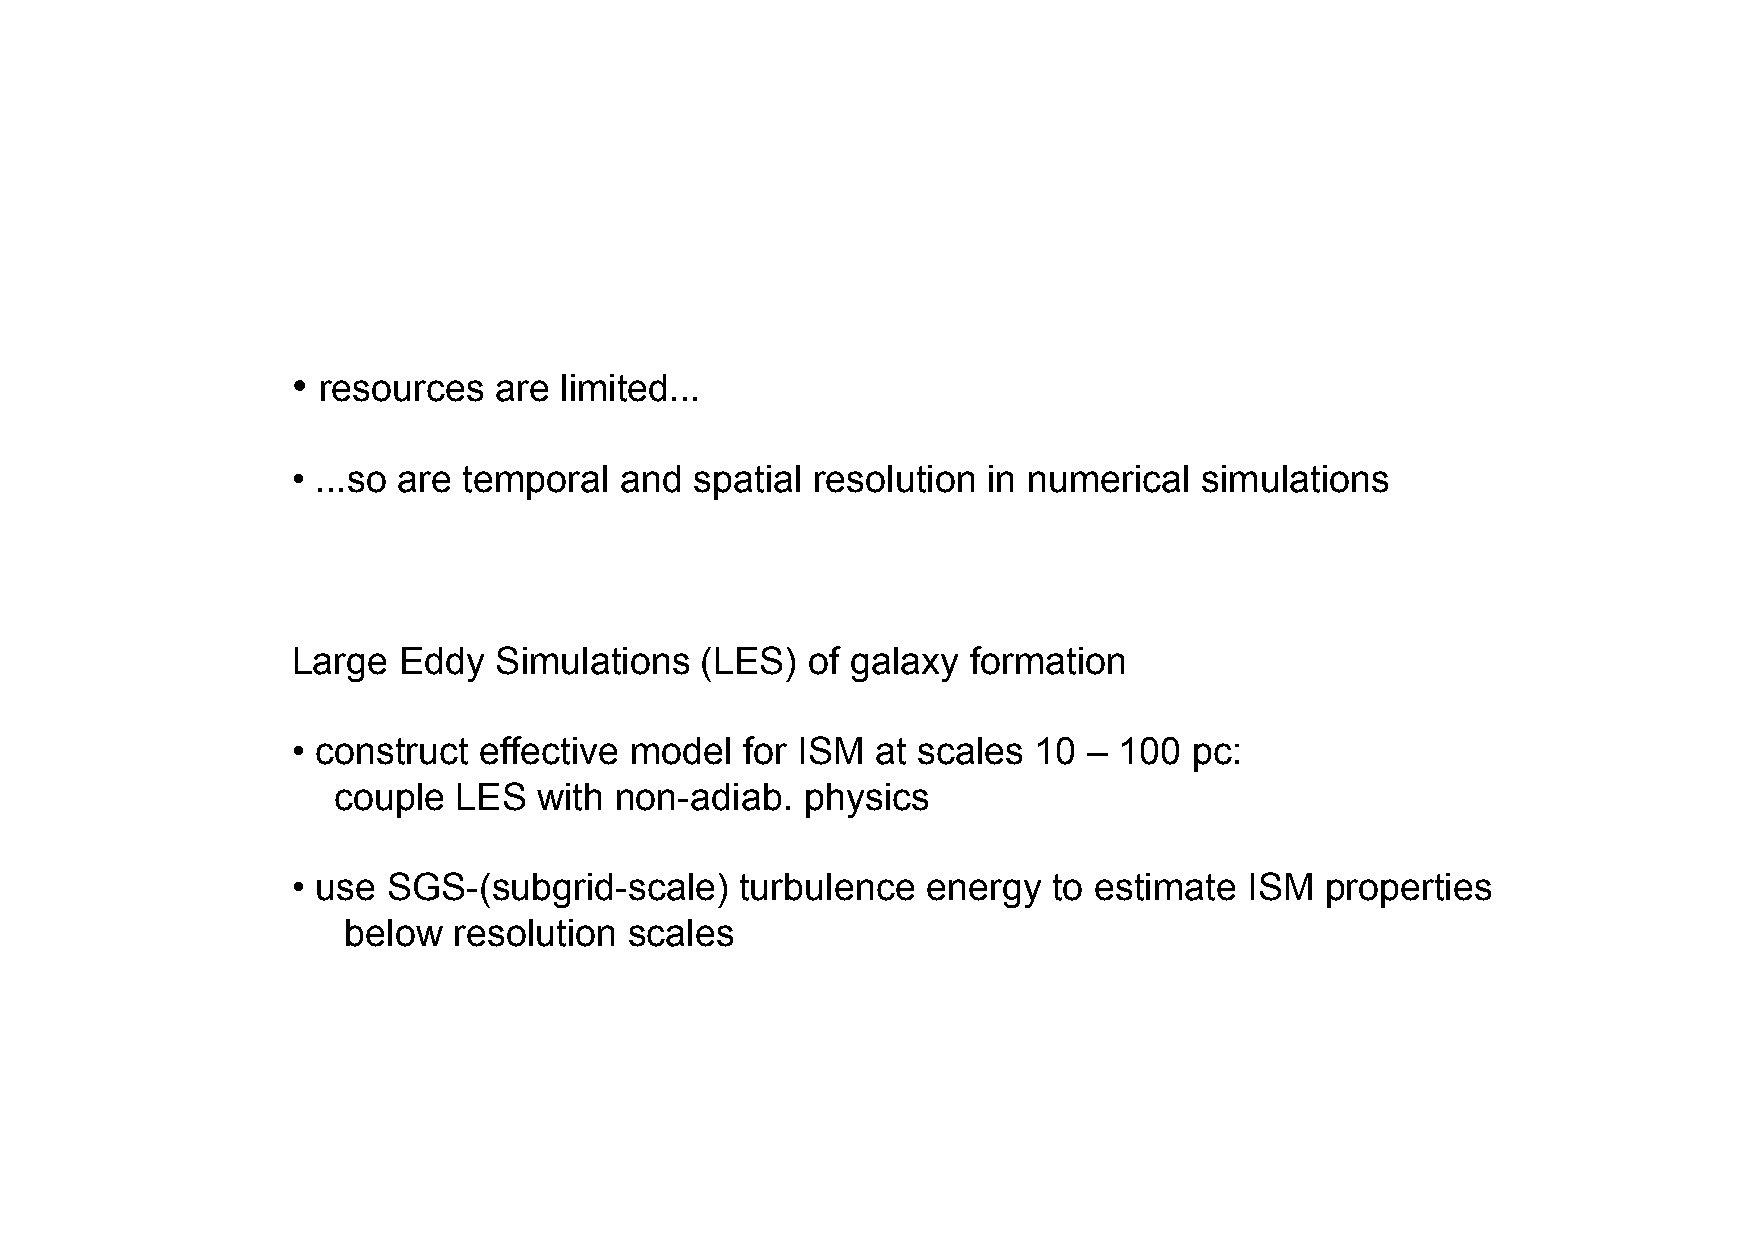
• resources   are limited...
 • ...so are temporal  and  spatial resolution in numerical  simulations
 Large  Eddy   Simulations  (LES)  of galaxy  formation
 • construct  effective model  for ISM  at scales 10  – 100  pc:
 couple  LES   with non-adiab.  physics
 • use  SGS-(subgrid-scale)    turbulence  energy   to estimate  ISM  properties
 below  resolution  scales